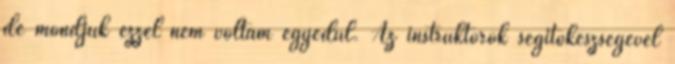
de mondjuk ezzel nem voltam egyedül. Az instruktorok segítőkészségével